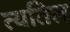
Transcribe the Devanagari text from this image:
त्यतिल